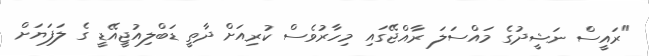
"ރައީސް ނަޝީދުގެ މައްސަލަ ރާއްޖޭގައި މިހާރުވެސް ކުރިއަށް ދާތީ ޑަބްލިއުޖީއޭޑީ ގެ ލަފަޔަށް